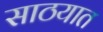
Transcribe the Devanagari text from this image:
साठयात